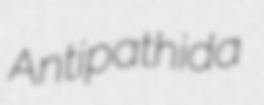
Antipathida